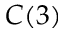
C ( 3 )